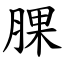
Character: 腂